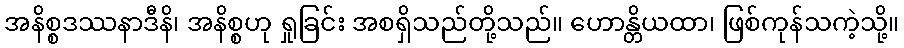
အနိစ္စဒဿနာဒီနိ၊ အနိစ္စဟု ရှုခြင်း အစရှိသည်တို့သည်။ ဟောန္တိယထာ၊ ဖြစ်ကုန်သကဲ့သို့။